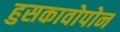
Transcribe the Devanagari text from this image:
हुसकावोपोन